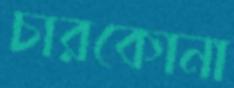
চারকোনা